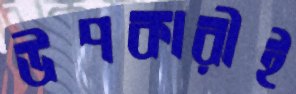
উপকারীই